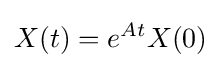
X(t)=e^{At}X(0)